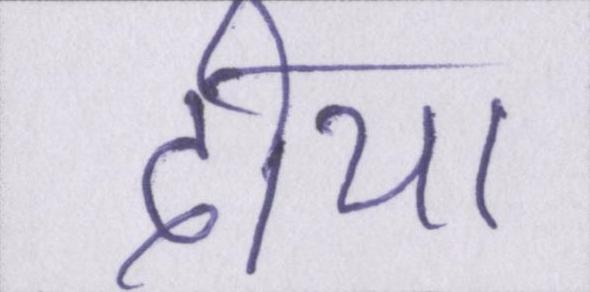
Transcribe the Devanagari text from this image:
दीया